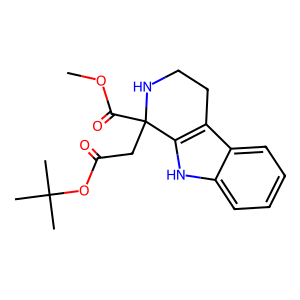
SMILES: COC(=O)C1(CC(=O)OC(C)(C)C)NCCc2c1[nH]c1ccccc21
Inhibits HIV replication: No